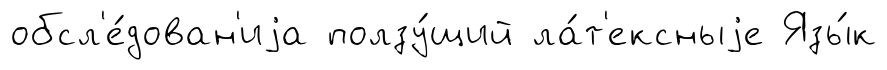
обсл'е́дован'иjа ползу́щий ла́т'ексныjе Язы́к